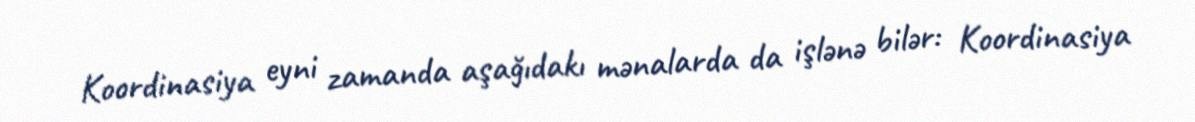
Koordinasiya eyni zamanda aşağıdakı mənalarda da işlənə bilər: Koordinasiya